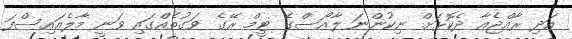
އަދި ރާއްޖެއާ ދެކޮޅަށް ނިކުންނަ ލާއޯސްގެ ޓީމް ރޭގެ ވަގުތެއްގައި ވަނީ މާލެއައިސްފަ